65_HS1-834228961_62-HQ-83894_Section_2
Agency: FBI
Page 177
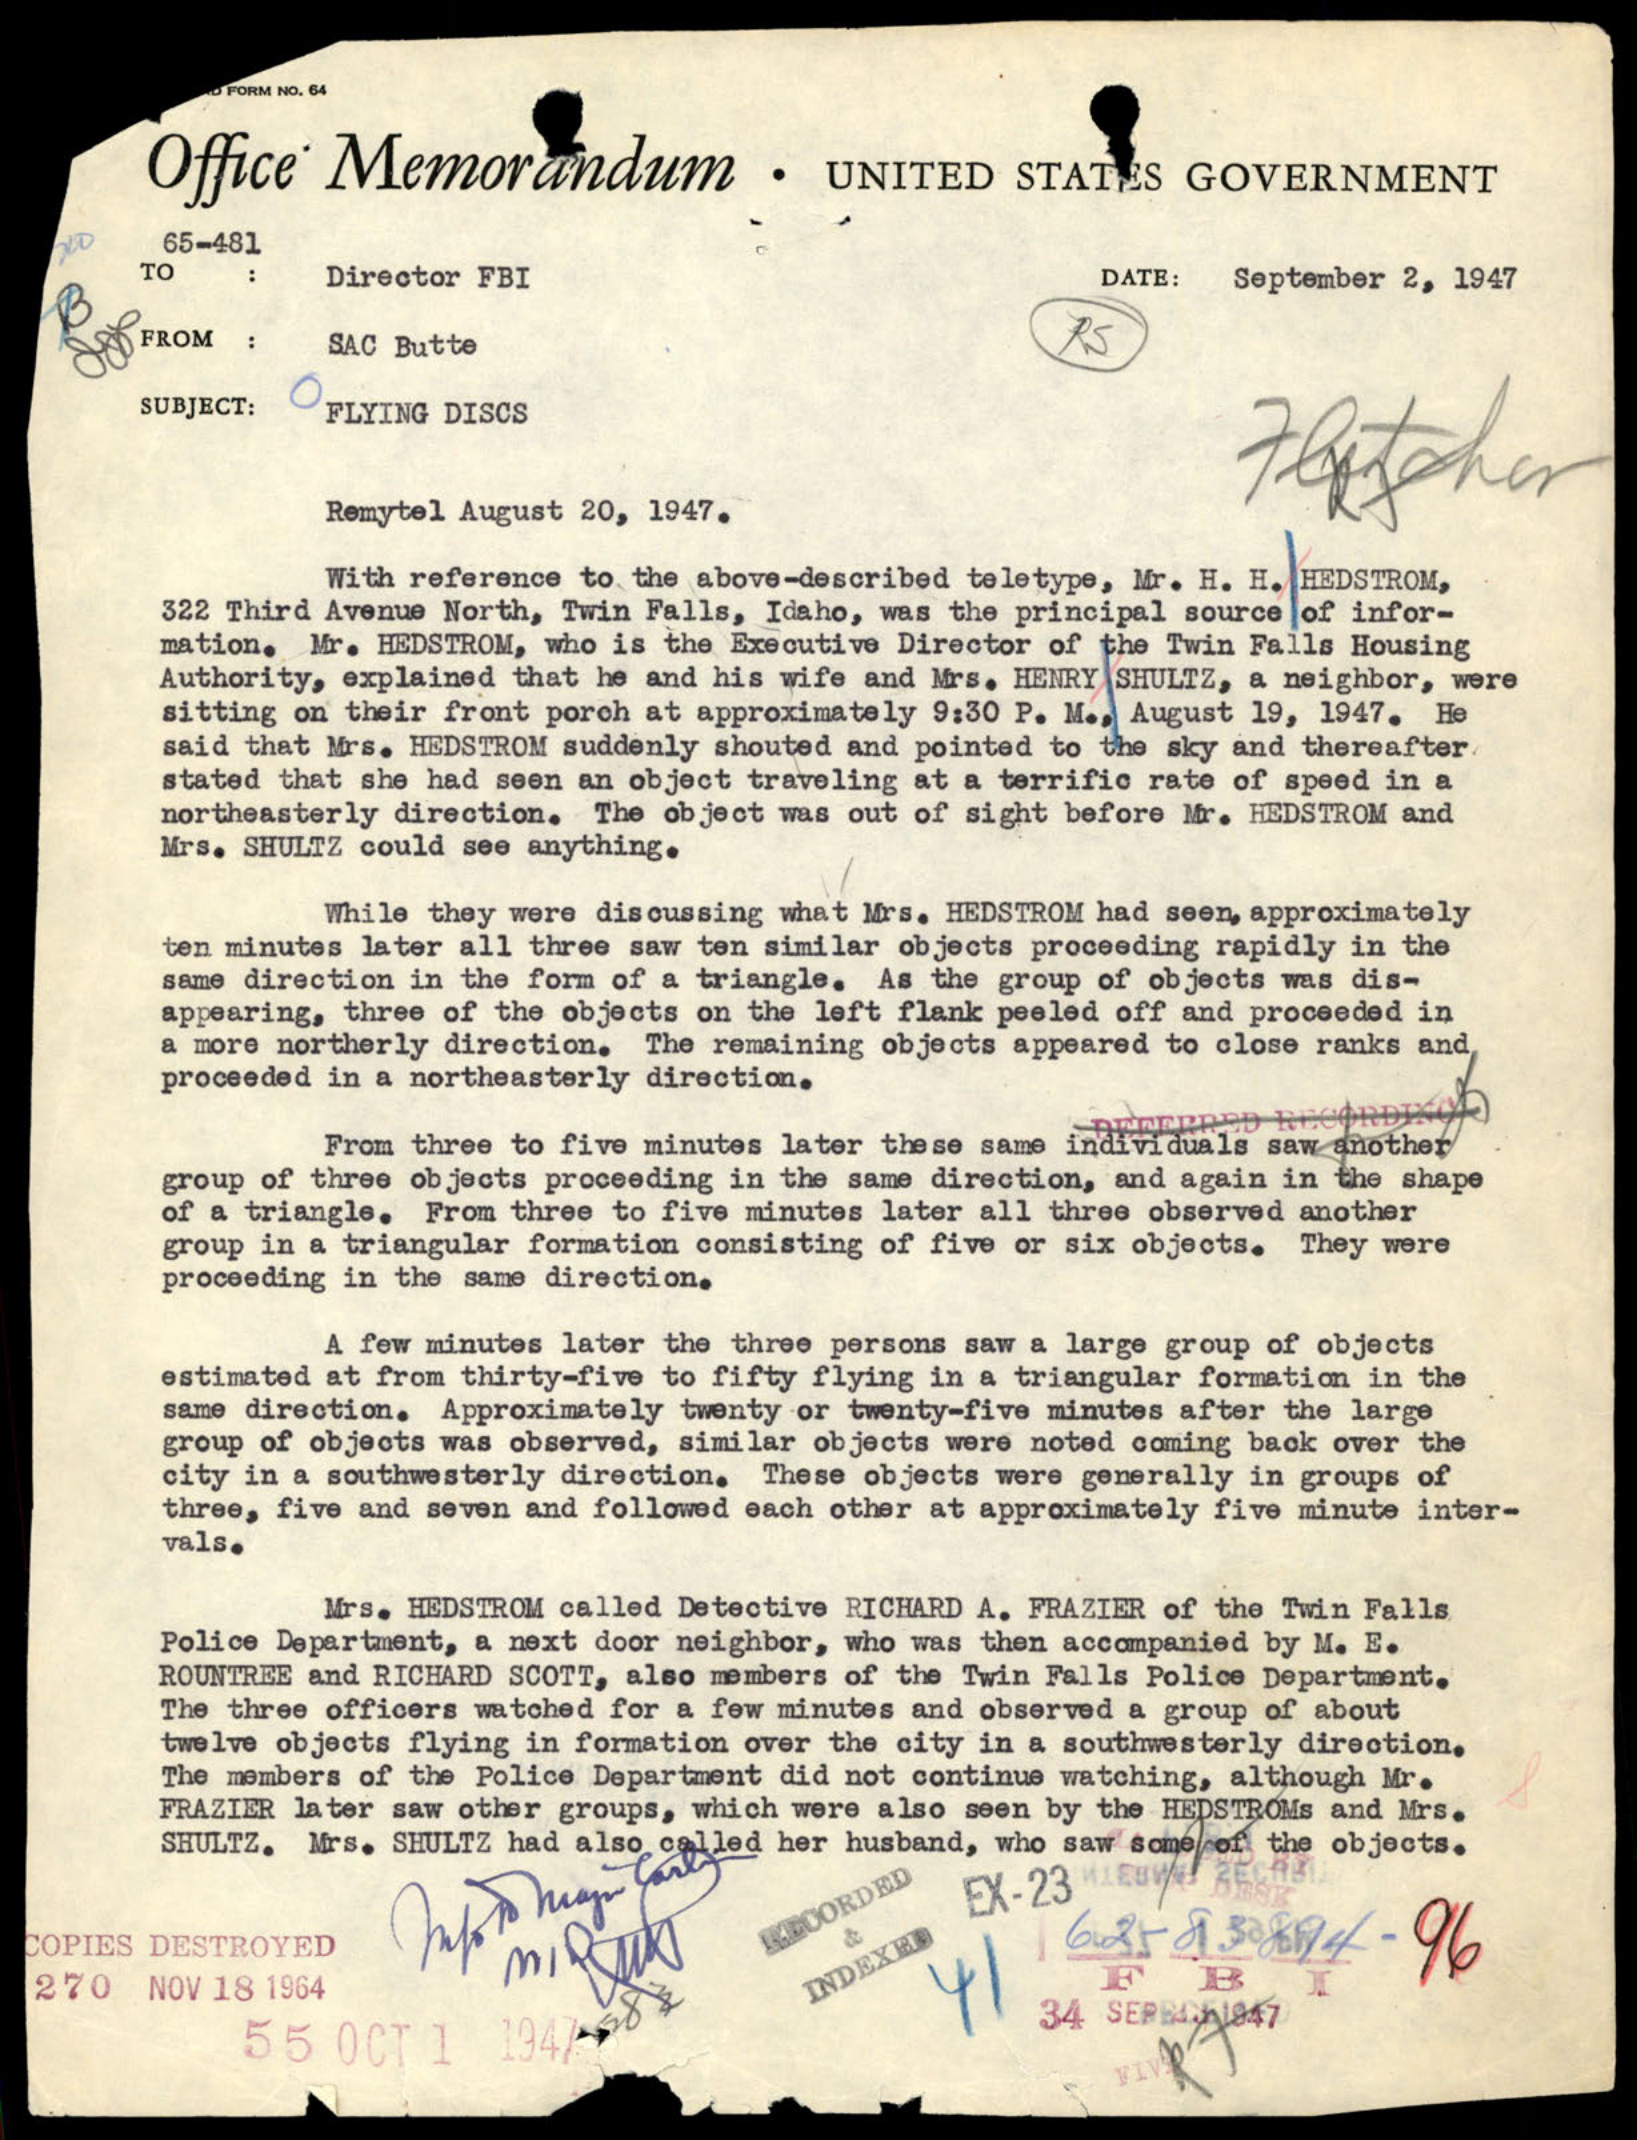